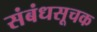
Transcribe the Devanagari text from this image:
संबंधसूचक